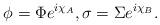
LaTeX: \begin{align*}\phi = \Phi e^{i\chi _A},\sigma = \Sigma e^{i\chi _B}.\end{align*}